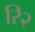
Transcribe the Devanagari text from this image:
रि२